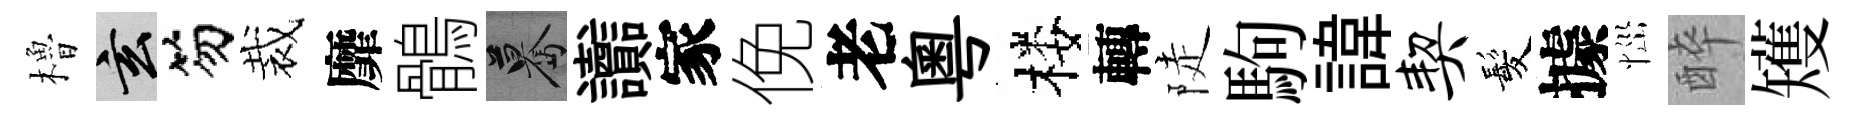
櫓玄笏裁靡鶻驀讟家俛老粵楼轉陡駒諱契髪據𢙉醉矱